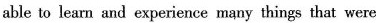
able to learn and experience many things that were